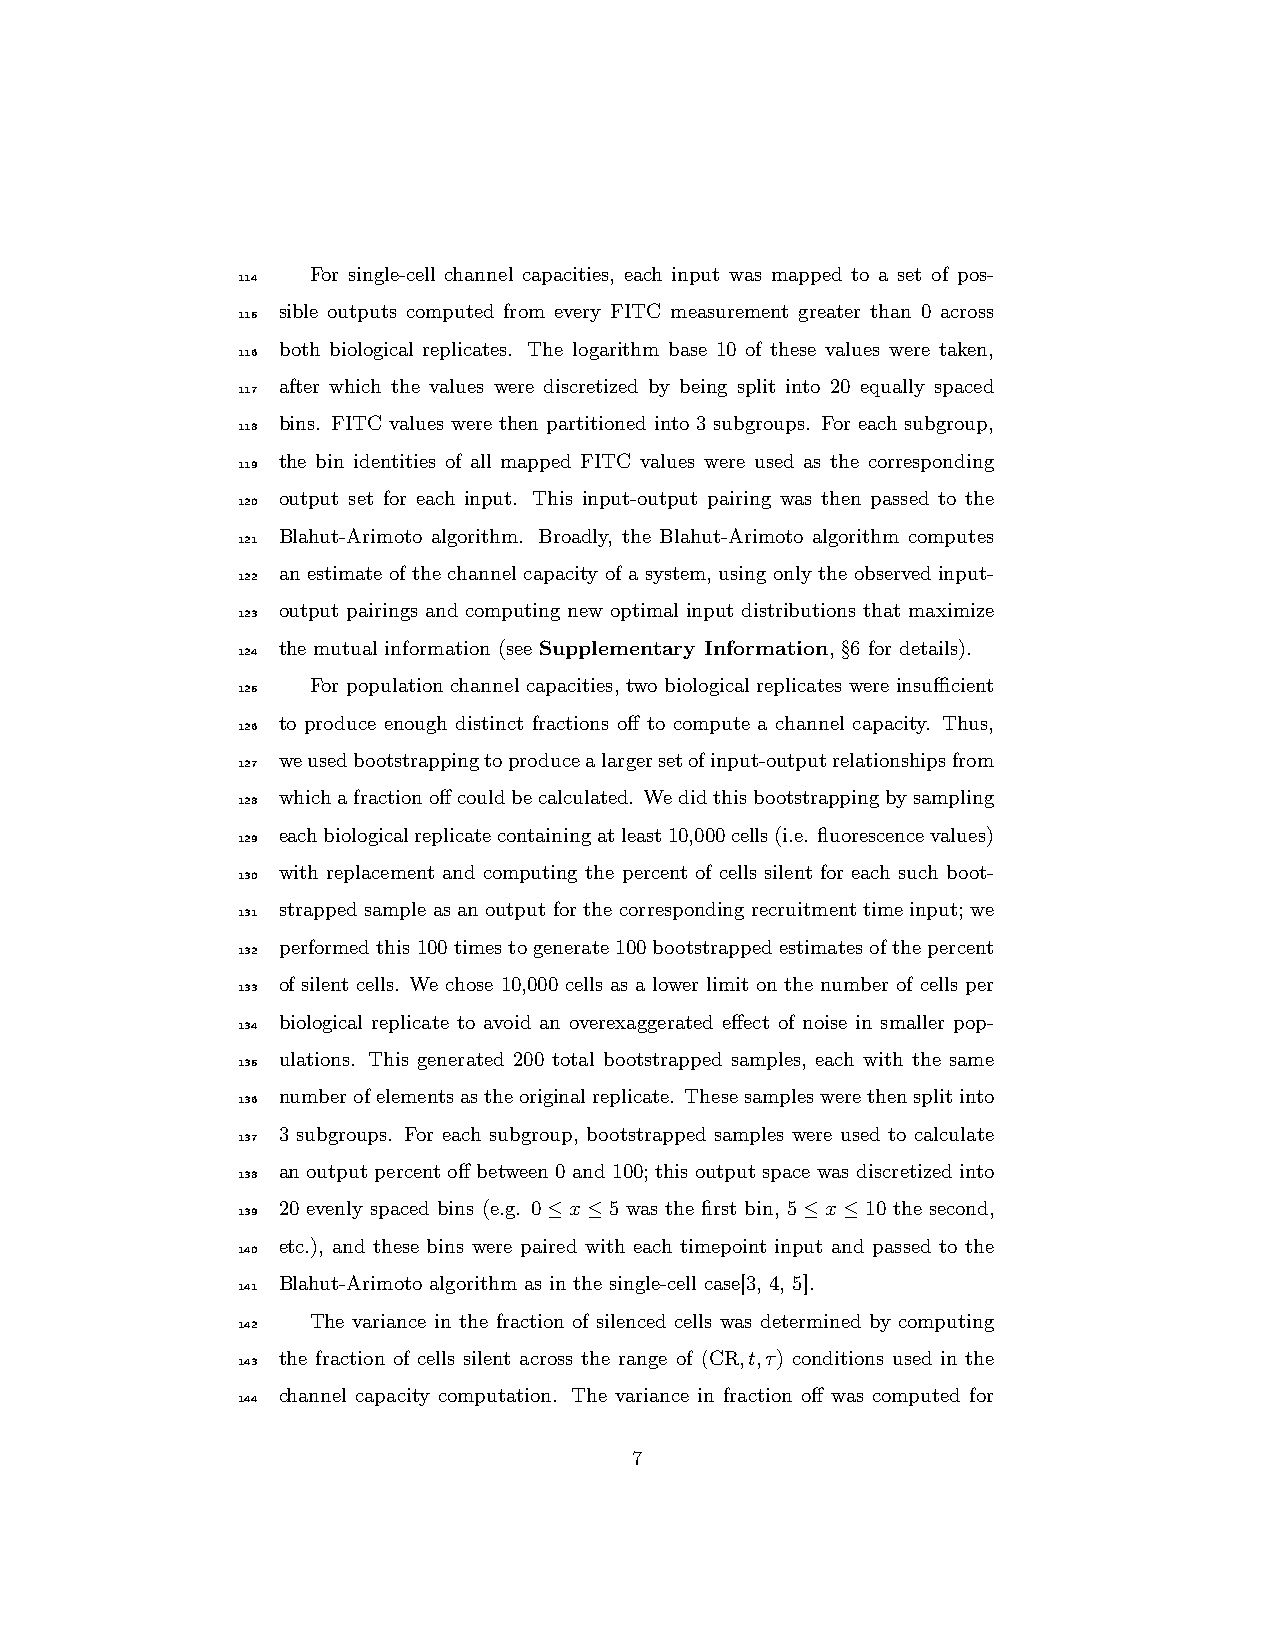
For single-cell channel capacities, each input was mapped to a set of pos-
 114
 sible outputs computed from every FITC measurement greater than 0 across
 115
 both biological replicates. The logarithm base 10 of these values were taken,
 116
 after which the values were discretized by being split into 20 equally spaced
 117
 bins. FITC values were then partitioned into 3 subgroups. For each subgroup,
 118
 the bin identities of all mapped FITC values were used as the corresponding
 119
 output set for each input. This input-output pairing was then passed to the
 120
 Blahut-Arimoto algorithm. Broadly, the Blahut-Arimoto algorithm computes
 121
 an estimate of the channel capacity of a system, using only the observed input-
 122
 output pairings and computing new optimal input distributions that maximize
 123
 the mutual information (see Supplementary Information, §6 for details).
 124
 For population channel capacities, two biological replicates were insufficient
 125
 to produce enough distinct fractions off to compute a channel capacity. Thus,
 126
 weusedbootstrappingtoproducealargersetofinput-outputrelationshipsfrom
 127
 whichafractionoffcouldbecalculated. Wedidthisbootstrappingbysampling
 128
 eachbiologicalreplicatecontainingatleast10,000cells(i.e. fluorescencevalues)
 129
 with replacement and computing the percent of cells silent for each such boot-
 130
 strapped sample asan output for thecorresponding recruitment time input; we
 131
 performedthis100timestogenerate100bootstrappedestimatesofthepercent
 132
 of silent cells. We chose 10,000 cells as a lower limit on the number of cells per
 133
 biological replicate to avoid an overexaggerated effect of noise in smaller pop-
 134
 ulations. This generated 200 total bootstrapped samples, each with the same
 135
 numberofelementsastheoriginalreplicate. Thesesampleswerethensplitinto
 136
 3 subgroups. For each subgroup, bootstrapped samples were used to calculate
 137
 an output percent off between 0 and 100; this output space was discretized into
 138
 20 evenly spaced bins (e.g. 0≤x≤5 was the first bin, 5≤x≤10 the second,
 139
 etc.), and these bins were paired with each timepoint input and passed to the
 140
 Blahut-Arimoto algorithm as in the single-cell case[3, 4, 5].
 141
 The variance in the fraction of silenced cells was determined by computing
 142
 the fraction of cells silent across the range of (CR,t,τ) conditions used in the
 143
 channel capacity computation. The variance in fraction off was computed for
 144
 7